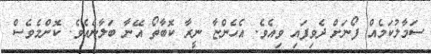
ސަމާލުކަމެއް ފޯނަށް ދެވިފައި ވިއެވެ. އެހެންޏާ ނީރާ ކޮބާތޯ އޭނާ ބަލާނެއެވެ. ކޮންމެވެސް